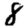
Digit: 8